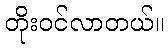
တိုးဝင်လာတယ်။